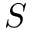
S